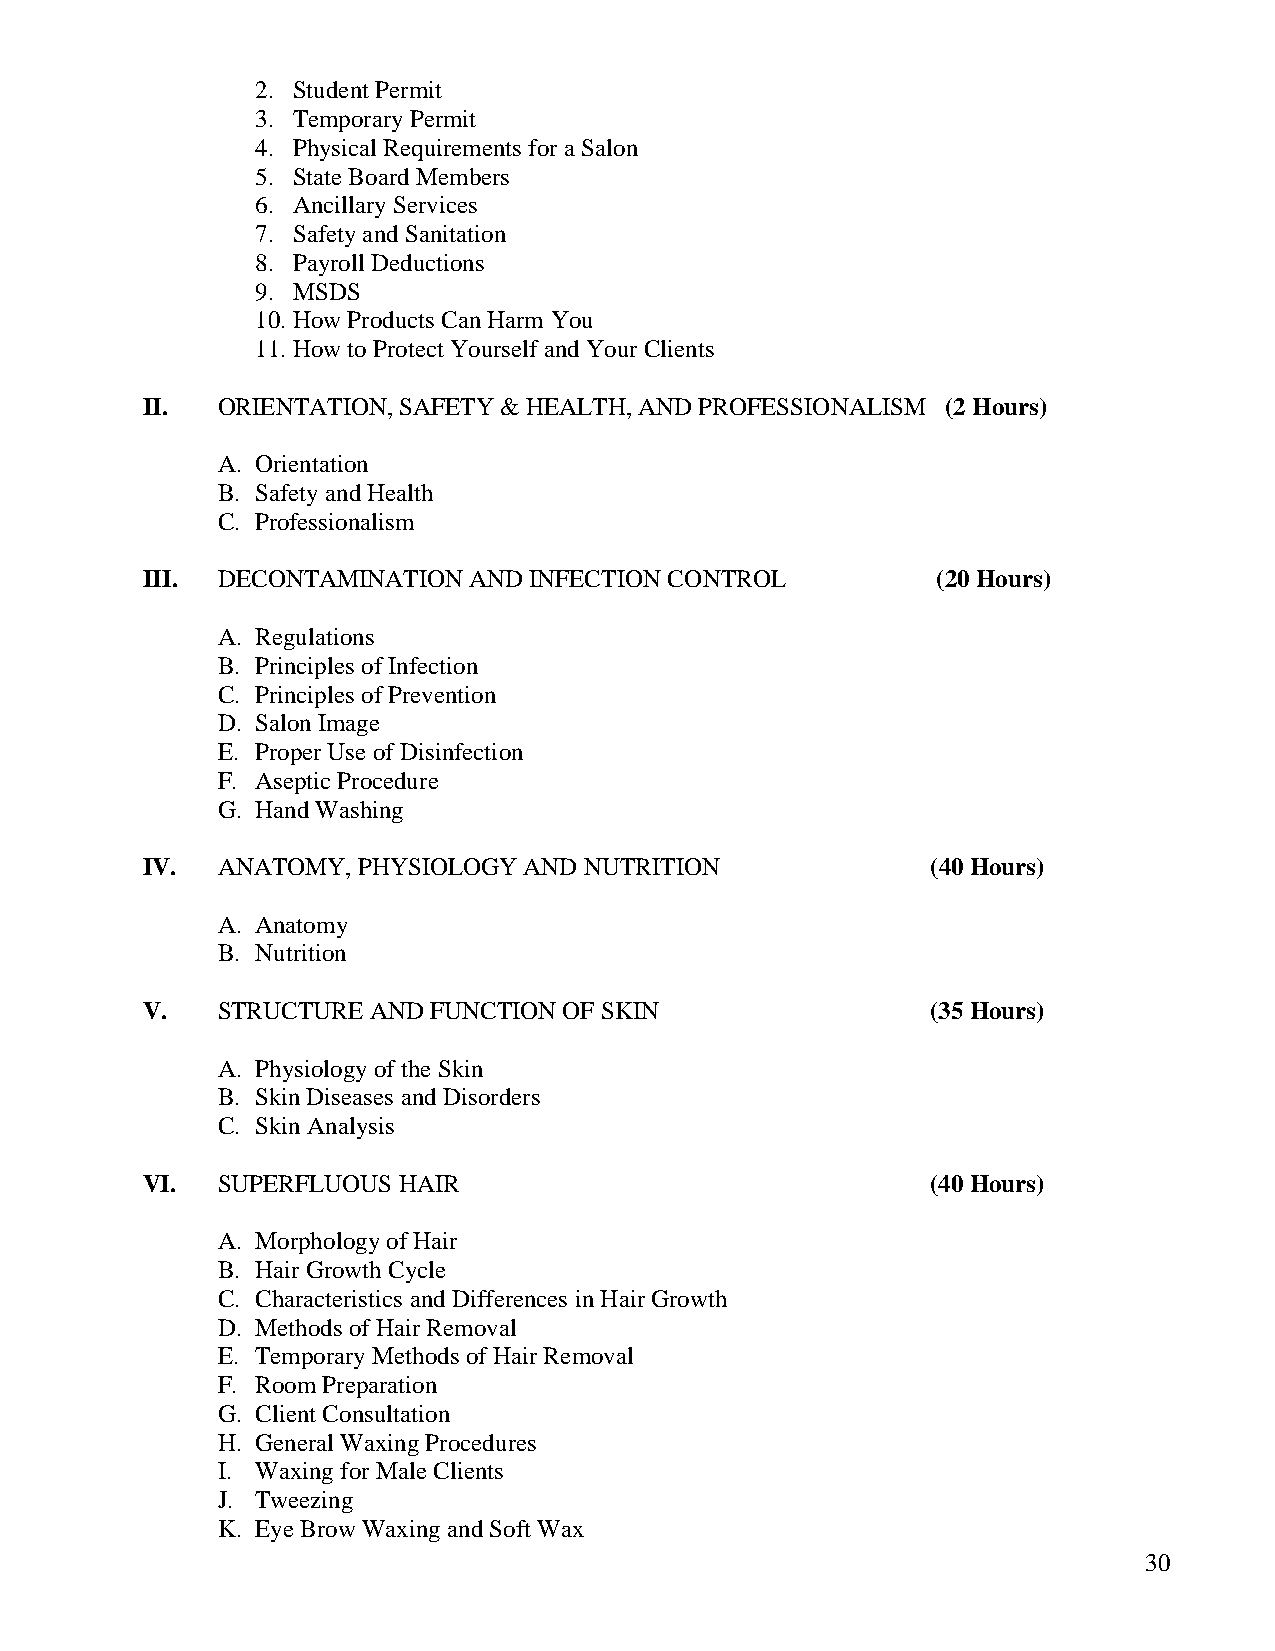
2. Student Permit
 3. Temporary Permit
 4. Physical Requirements for a Salon
 5. State Board Members
 6. Ancillary Services
 7. Safety and Sanitation
 8. Payroll Deductions
 9. MSDS
 10. How Products Can Harm You
 11. How to Protect Yourself and Your Clients
 II.  ORIENTATION, SAFETY & HEALTH, AND PROFESSIONALISM (2 Hours)
 A. Orientation
 B. Safety and Health
 C. Professionalism
 III. DECONTAMINATION  AND INFECTION CONTROL          (20 Hours)
 A. Regulations
 B. Principles of Infection
 C. Principles of Prevention
 D. Salon Image
 E. Proper Use of Disinfection
 F. Aseptic Procedure
 G. Hand Washing
 IV.  ANATOMY,  PHYSIOLOGY AND NUTRITION              (40 Hours)
 A. Anatomy
 B. Nutrition
 V.   STRUCTURE AND FUNCTION OF SKIN                  (35 Hours)
 A. Physiology of the Skin
 B. Skin Diseases and Disorders
 C. Skin Analysis
 VI.  SUPERFLUOUS HAIR                                (40 Hours)
 A. Morphology of Hair
 B. Hair Growth Cycle
 C. Characteristics and Differences in Hair Growth
 D. Methods of Hair Removal
 E. Temporary Methods of Hair Removal
 F. Room Preparation
 G. Client Consultation
 H. General Waxing Procedures
 I. Waxing for Male Clients
 J. Tweezing
 K. Eye Brow Waxing and Soft Wax
 30